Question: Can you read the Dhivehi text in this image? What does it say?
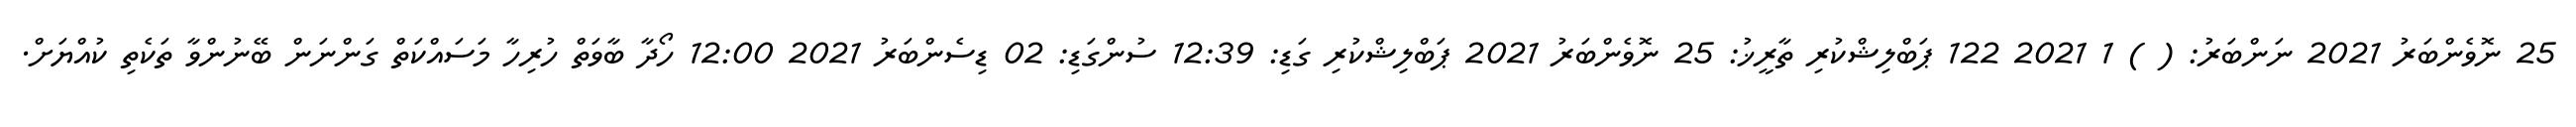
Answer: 25 ނޮވެންބަރު 2021 ނަންބަރު: ( ) 1 2021 122 ޕަބްލިޝްކުރި ތާރީޚު: 25 ނޮވެންބަރު 2021 ޕަބްލިޝްކުރި ގަޑި: 12:39 ސުންގަޑި: 02 ޑިސެންބަރު 2021 12:00 ހޯދާ ބާވަތް ހުރިހާ މަސައްކަތް ގަންނަން ބޭނުންވާ ތަކެތި ކުއްޔަށް.